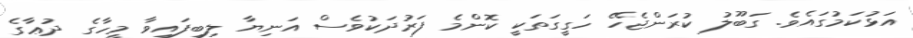
އަޅުކަމުގައެވެ. ގަބޫލު ކުރަންޖެހޭ ހަގީގަތަކީ ކޮންމެ ފަރުދަކުވެސް އަނިޔާ ލިބިފައިވާ މީހާގެ ދުޢާގެ